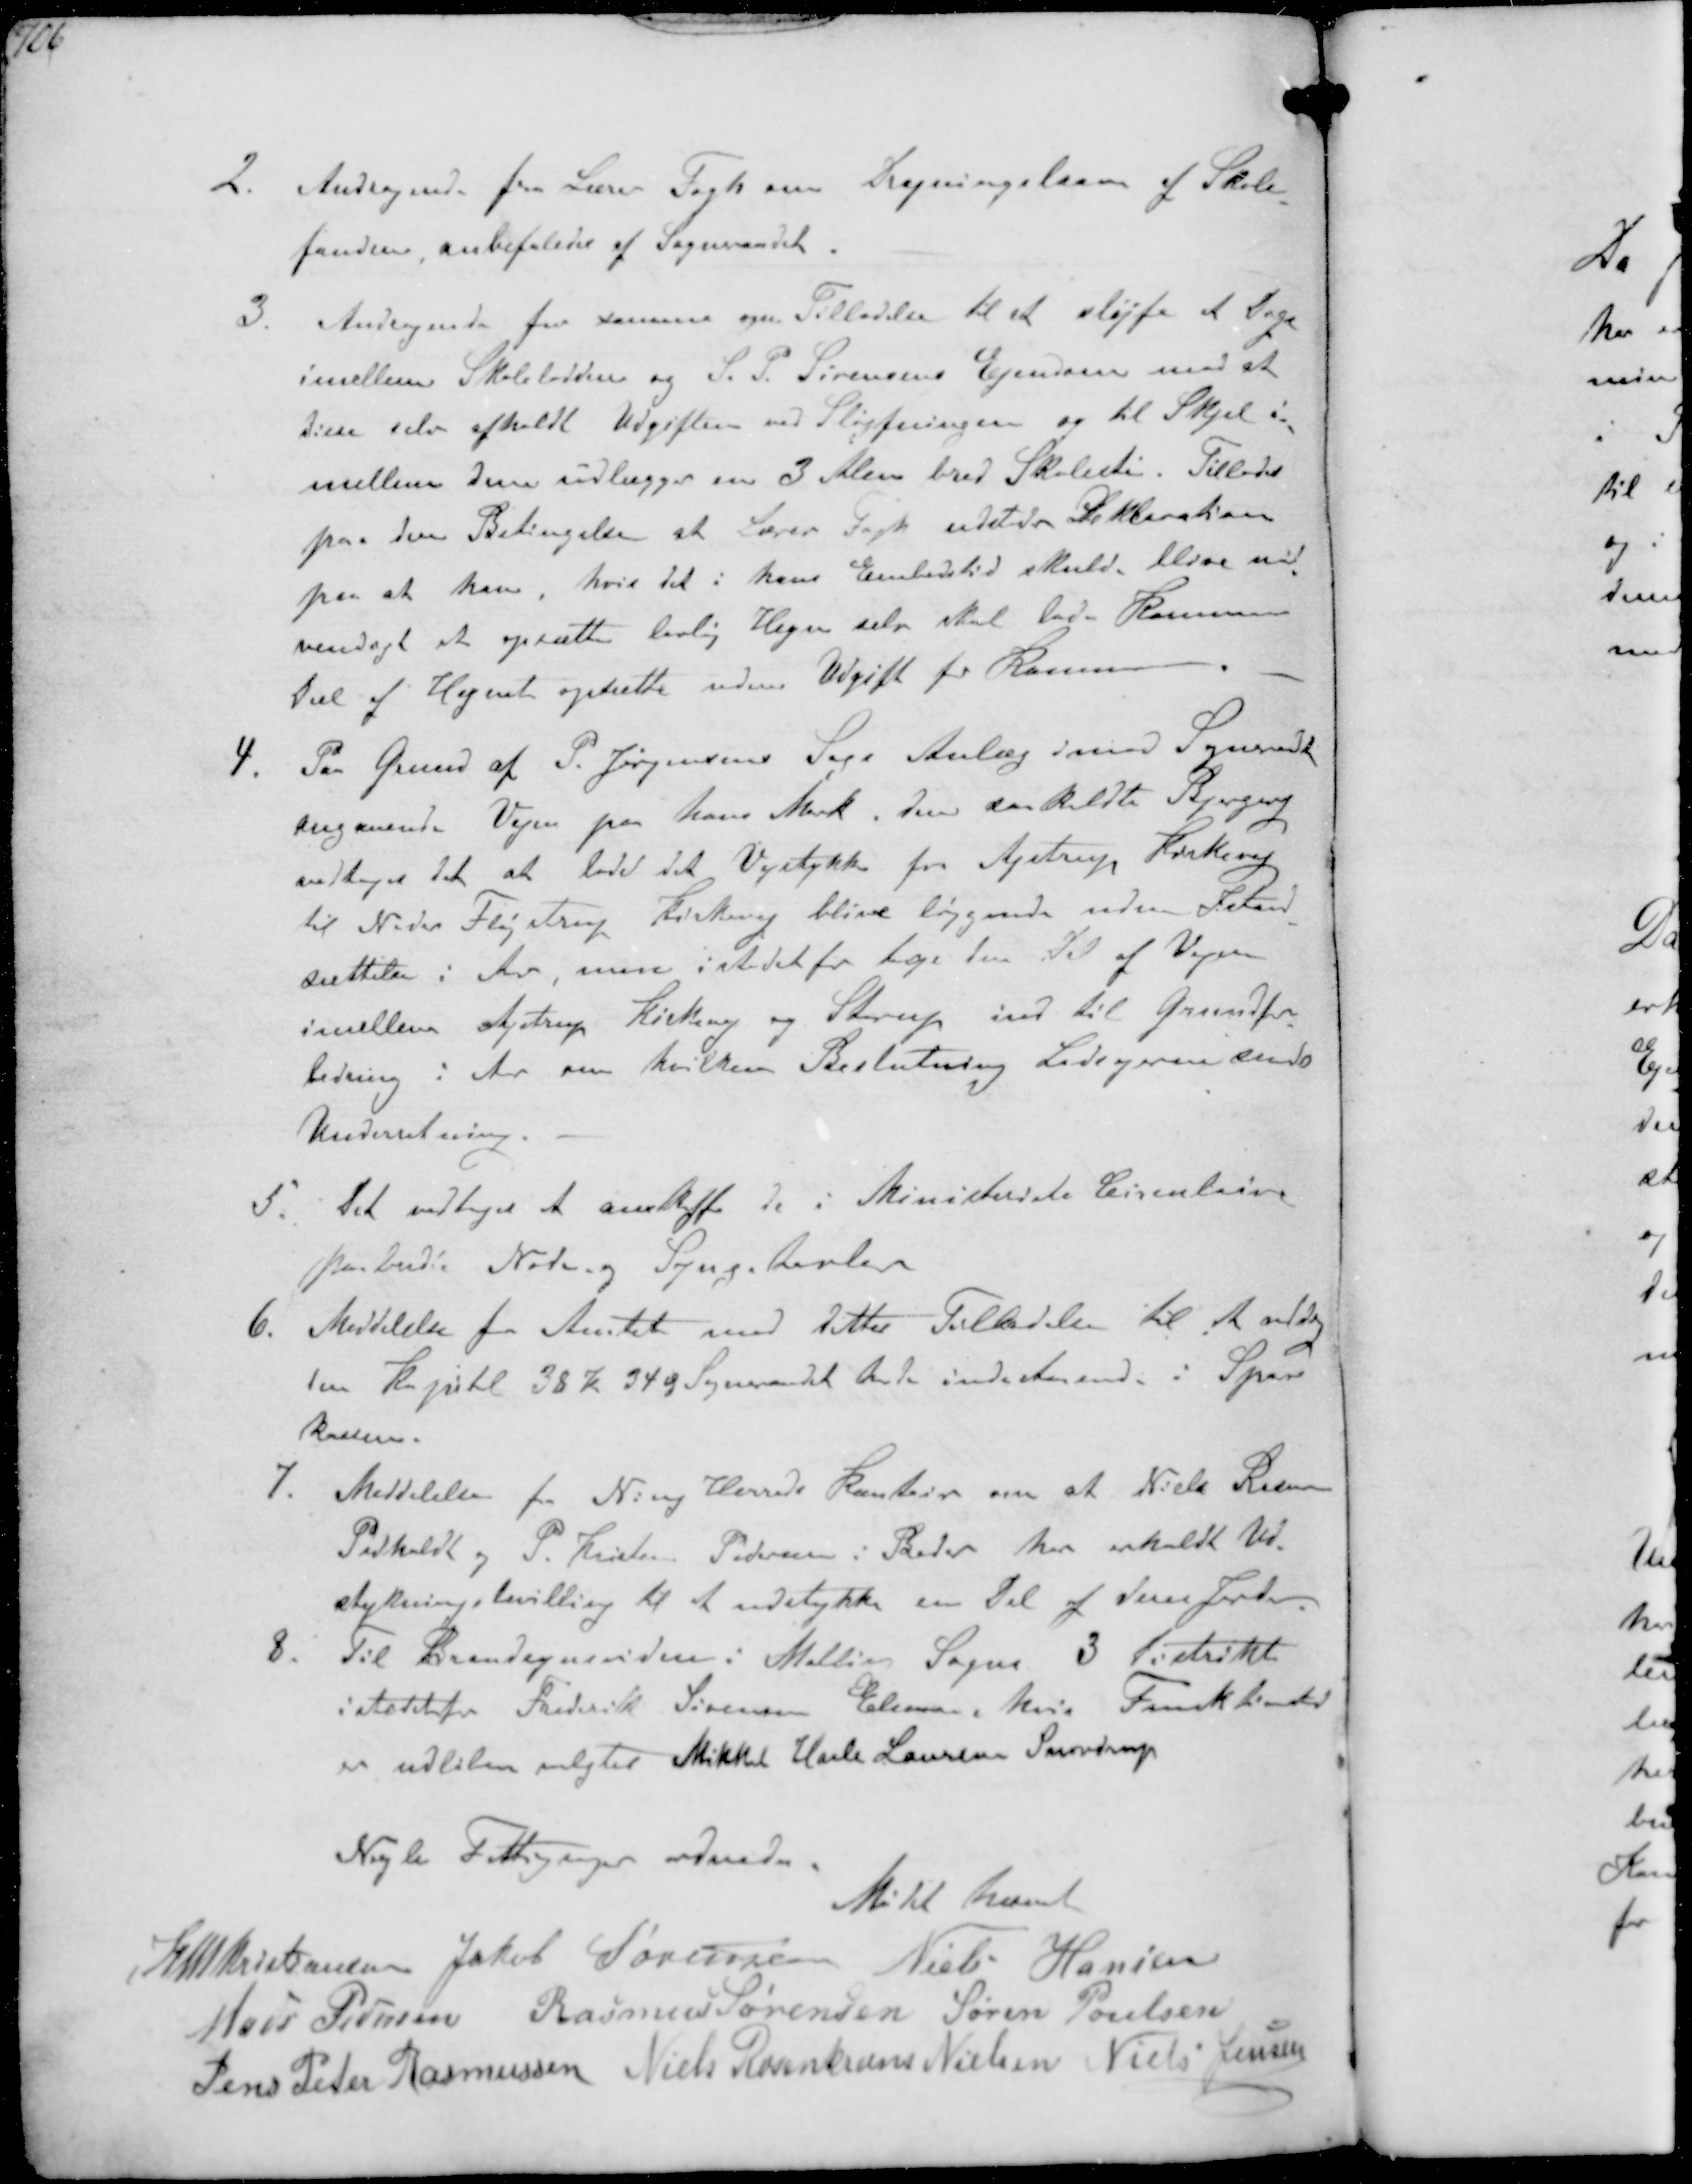
Transskription:
2. Andragende fra Lærer Fogh om Drægningslaan af Skole-
fondene, anbefaledes af Sogneraadet
3. Andragende fra samme om Tilladelse til at sløjfe et Hegn
imellem Skolelodden og P. S. Sørensens Ejendom mod at
disse selv afholdt Udgiften ved Sløjfningen og til Skjel i-
mellem dem udlægges en 3 Alen bred Skolesti. Tillades
paa den Betingelse at Lærer Fogh udsteder Deklaration
paa at han, hvis det i hans Embedstid skulde blive nød-
vendigt at opsætte lovlig Hegn selv skal lade Kommunens
Del af Hegnet opsætte uden Udgift for Kommunen
4. Paa Grund af P. Jørgensens Sags Anlæg imod Sogneraadet
angaaende Vejen paa hans Mark. den saakaldte Bjergvej
vedtoges det at lade det Vejstykke fra Ajstrup Kirkevej
til Neder Fløjstrup Kirkevej blive liggende uden Istand-
sættelse i Aar, men istedet for tage den Del af Vejen
imellem Ajstrup Kirkevej og Starup ind til Grundfor-
bedring i Aar om hvilken Beslutning Lodsejerne sendes
Underretning.
5. Det vedtoges at anskaffe de i Ministeriets Circulærer
paabudte Noder og Syngetavler
6. Meddelelse fra Amtet med dettes Tilladelse til udtage
den Kapital 38 Kr 34 Ø Sogneraadet havde indestaaende i Spare-
kassen.
7. Meddelelse fra Ning Herreds Kontor om at Niels Rasmussen
Pedholdt og P. Kristen Pedersen i Beder har erholdt Ud-
stykningsbevilling til at udstykke en Del af deres Jord
8. Til Brandsynsvidne i Malling Sogns 3 Distrikt
i stedetfor Frederik Sørensen Elmose, hvis Funktionstid
er udløben valgtes Mikkel Hasle Laursen Snovdrup

Nogle Fattigsager odnedes

Mødet hævet

K N M Kristansen JakobSørensen Niels Hansen
Mads Pedersen Rasmus Sørensen Søren Poulsen
Jens Peter Rasmussen Niels Rosenkrands Nielsen Niels Jensen